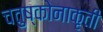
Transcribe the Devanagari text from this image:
चतुष्कोनाकृती